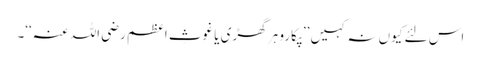
اس لئے کیوں نہ کہیں ’’پکارو ہر گھڑی یا غوثِ اعظم رضی اللہ عنہ‘‘۔